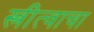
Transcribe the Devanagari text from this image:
स्त्रीत्वाचा